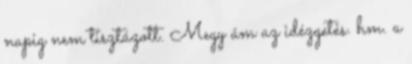
napig nem tisztázott. Megy ám az idézgetés. hm. a